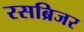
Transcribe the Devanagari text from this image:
रसब्रिजर